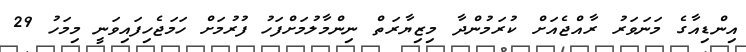
އިންޑިއާގެ މަނަވަރު ރާއްޖެއަށް ކުރަމުންދާ މިޒިޔާރަތް ނިންމާލުމަށްފަހު ފުރުމަށް ހަމަޖެހިފައިވަނީ މިމަހު 29